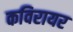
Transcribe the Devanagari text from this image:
कविरायर